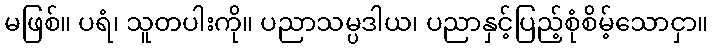
မဖြစ်။ ပရံ၊ သူတပါးကို။ ပညာသမ္ပဒါယ၊ ပညာနှင့်ပြည့်စုံစိမ့်သောငှာ။